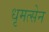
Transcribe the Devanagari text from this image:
धृमत्सेन